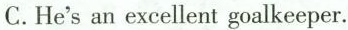
C. He's an excellent goalkeeper.